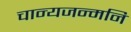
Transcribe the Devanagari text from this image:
चान्यजन्मनि